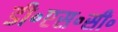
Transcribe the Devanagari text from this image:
डी॰एस॰सी॰